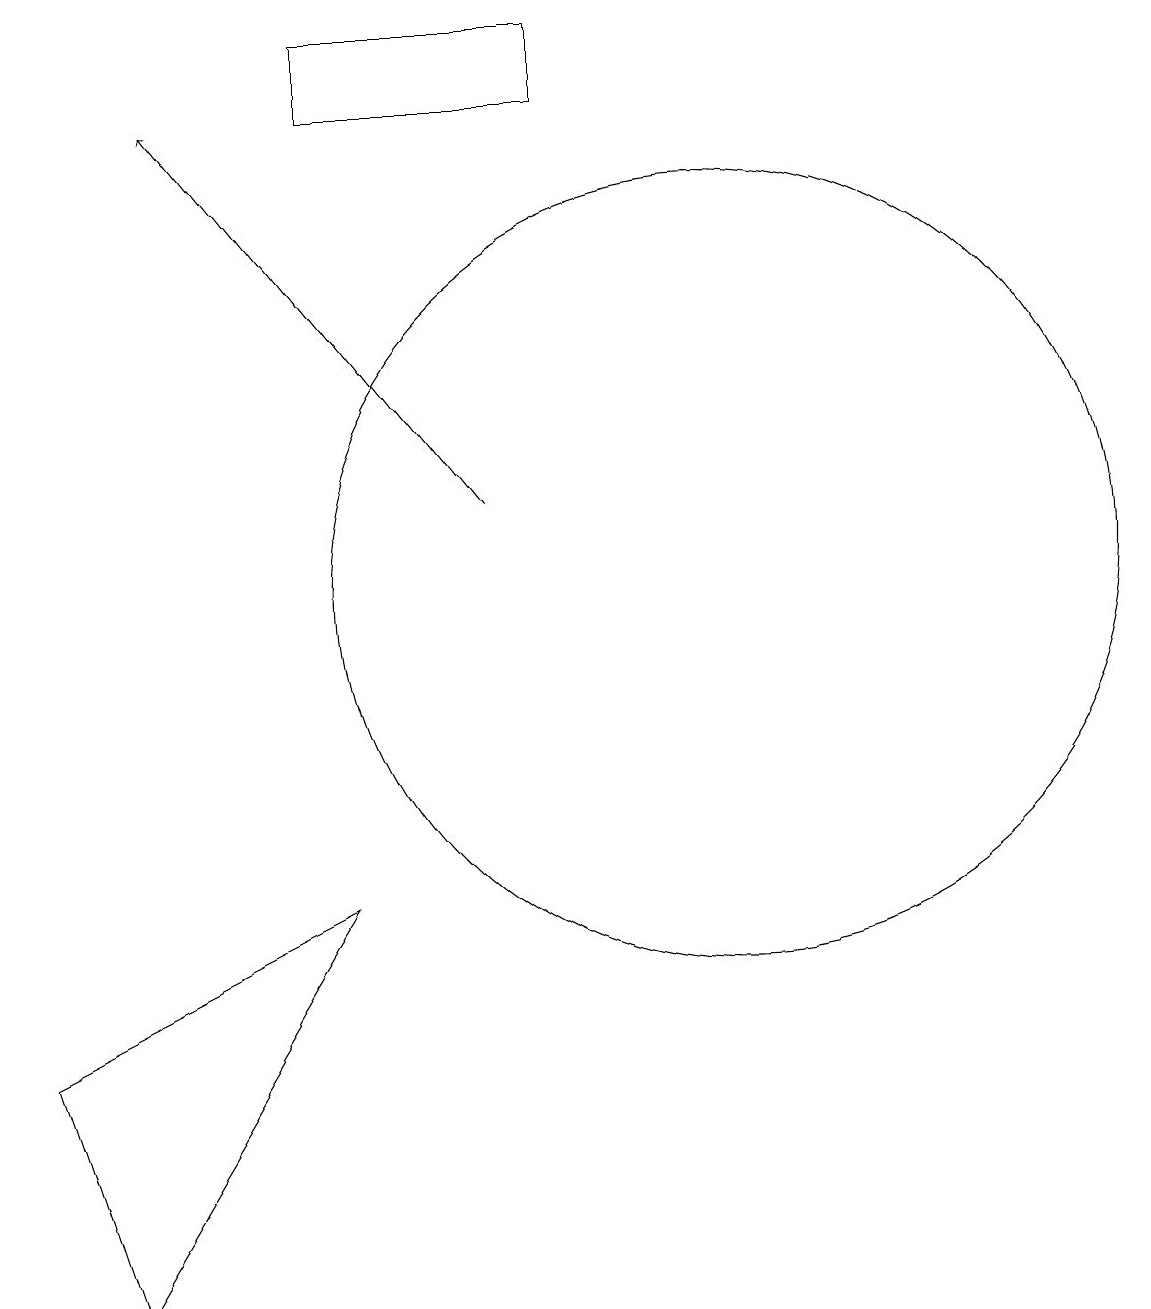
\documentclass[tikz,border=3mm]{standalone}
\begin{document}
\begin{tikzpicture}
\draw (11,12) circle (0);
\draw (6,6) -- (3,1) -- (2,4) -- cycle;
\draw (11,10) circle (5);
\draw (9,16) rectangle (6,17);
\draw[->] (8,11) -- (4,16);
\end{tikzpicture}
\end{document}